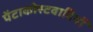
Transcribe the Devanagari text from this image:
पेंटाकोस्टवादियों